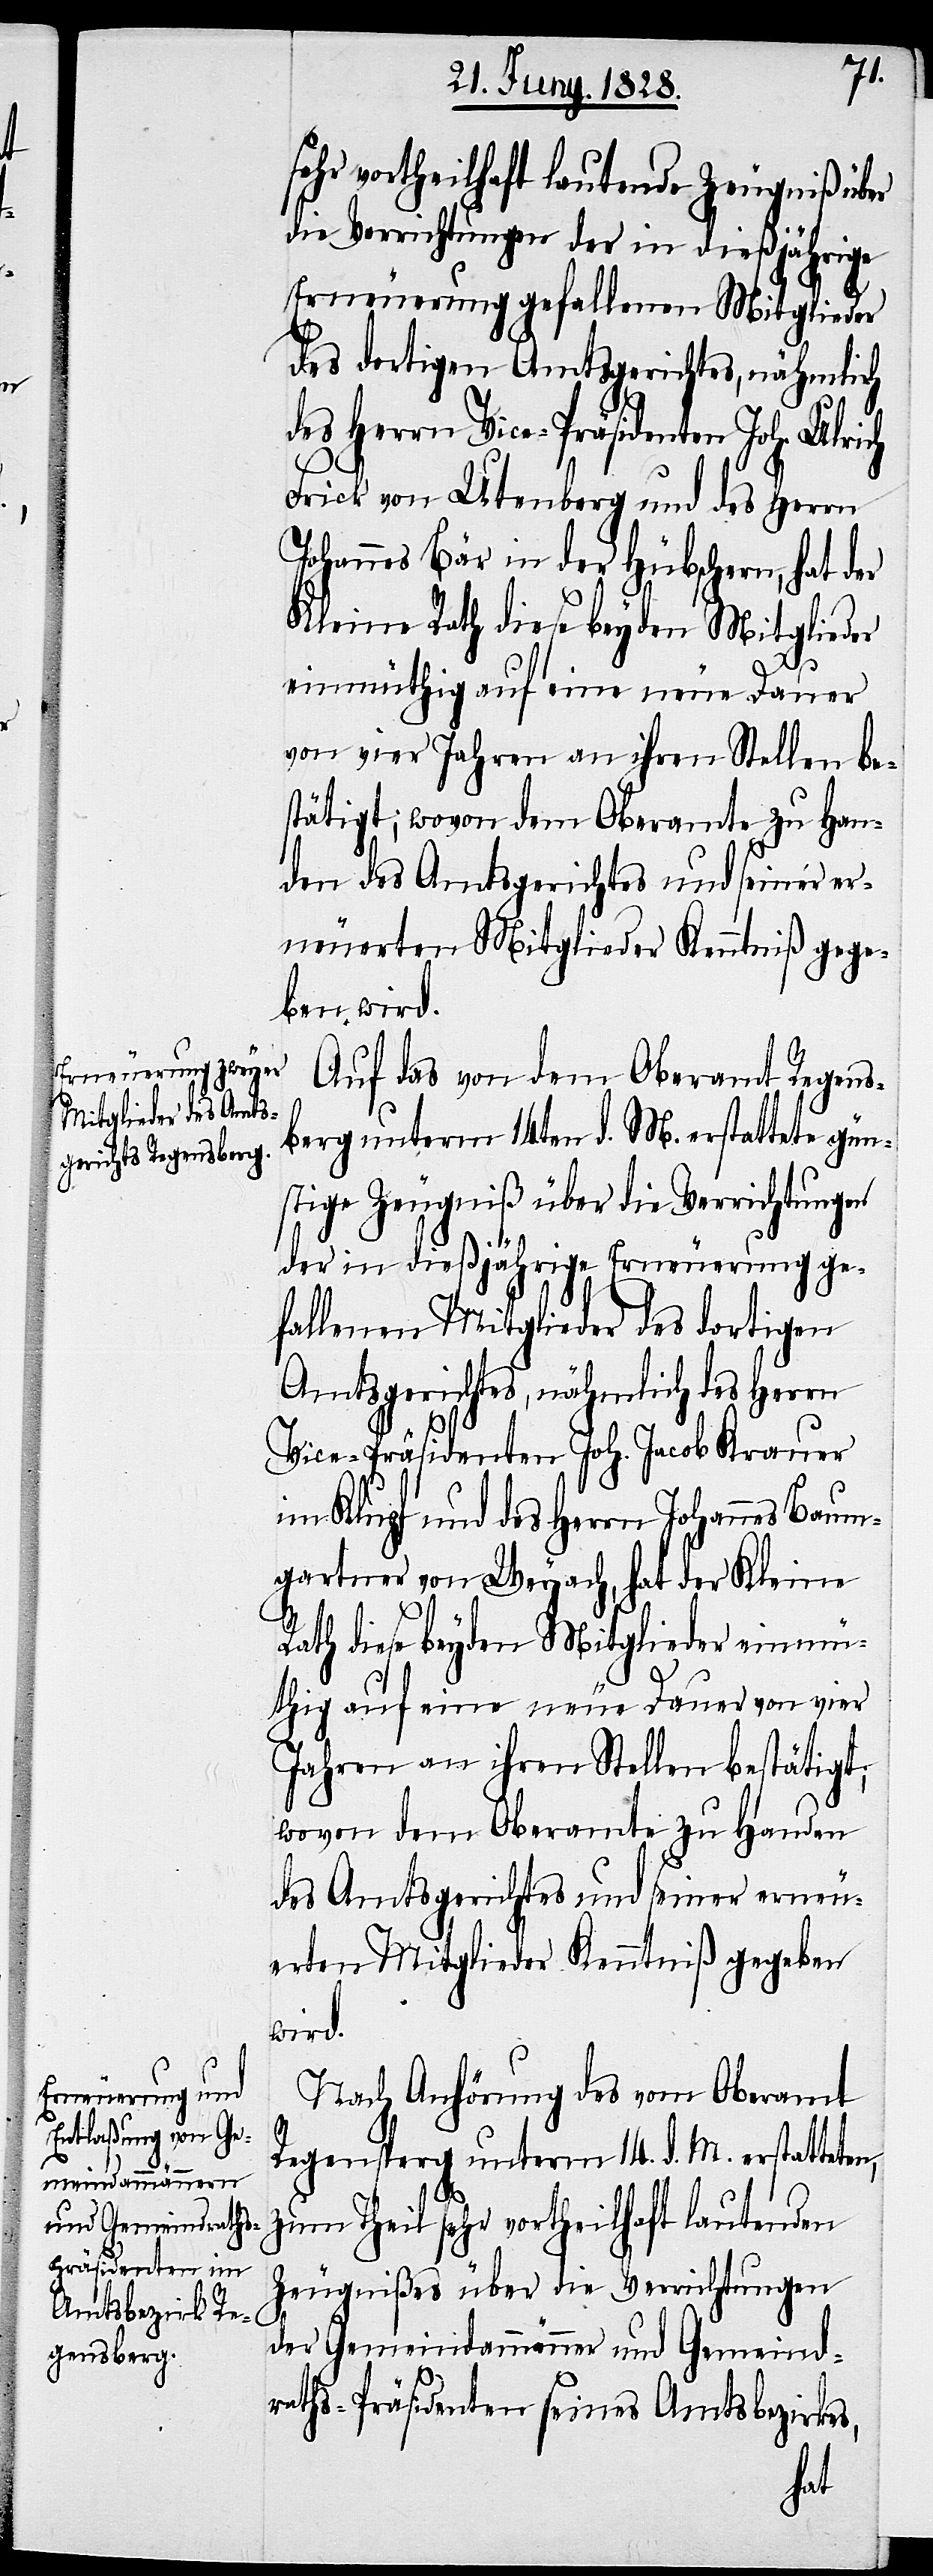
sehr vortheilhaft lautende Zeugniß über
die Verrichtungen der in dießjährige
Erneuerung gefallenen Mitglieder
des dortigen Amtsgerichts, nähmlich
des Herrn Vice-Präsidenten Joh. Ulrich
Frick von Utenberg und des Herrn
Johannes Bär in der Hübschern, hat der
Kleine Rath diese beyden Mitglieder
einmüthig auf eine neue Dauer
von vier Jahren an ihren Stellen be¬
stätigt; wovon dem Oberamte zu Han¬
den des Amtsgerichtes und seiner er¬
neuerten Mitglieder Kenntniß gege¬
ben wird.
Auf das von dem Oberamt Regens¬
berg unterm 14ten d. M. erstattete gün¬
stige Zeugniß über die Verrichtungen
der in dießjährige Erneuerung ge¬
fallenen Mitglieder des dortigen
Amtsgerichtes, nähmlich des Herrn
Vice-Präsidenten Joh. Jacob Krauer
im Klupf und des Herrn Johannes Baum¬
gartner von Weyach, hat der Kleine
Rath diese beyden Mitglieder einmü¬
thig auf eine neue Dauer von vier
Jahren an ihren Stellen bestätigt;
wovon dem Oberamte zu Handen
des Amtsbezirkes und seiner erneu¬
erten Mitglieder Kenntniß gegeben
wird.
Nach Anhörung des vom Oberamt
Regensperg unterm 14. d. M. erstattete¬
n,
zum Theil sehr vortheilhaft lautenden
Zeugnißes über die Verrichtungen
der Gemeindammänner und Gemeind¬
raths-Präsidenten seines Amtsbezirkes,